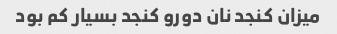
میزان کنجد نان دورو کنجد بسیار کم بود